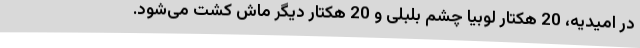
در امیدیه، 20 هکتار لوبیا چشم بلبلی و 20 هکتار دیگر ماش کشت می‌شود.